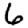
Digit: 6